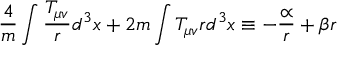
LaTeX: \frac { 4 } { m } \int \frac { T _ { \mu v } } { r } d ^ { 3 } x + 2 m \int T _ { \mu v } r d ^ { 3 } x \equiv - \frac { \propto } { r } + \beta r